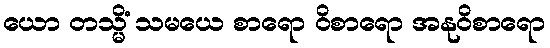
ယော တသ္မိံ သမယေ စာရော ဝိစာရော အနုဝိစာရော